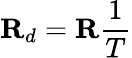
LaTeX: \mathbf{R}_{d}=\mathbf{R}{\frac{1}{T}}